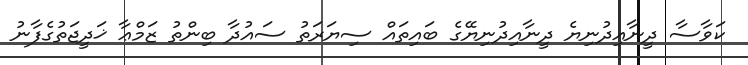
ކަވާސާ ދީނާއިދުނިޔެ ދީނާއިދުނިޔޭގެ ބައިތައް ސިޔަރަތު ސައުދާ ބިންތު ޒަމްޢާ ޚަދީޖަތުގެފާނު